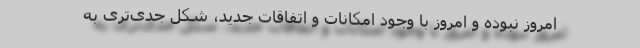
امروز نبوده و امروز با وجود امکانات و اتفاقات جدید، شکل جدی‌تری به